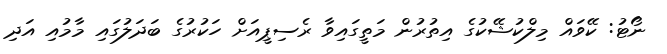
ނޯޓު: ކޭވައް މިލްކުޝޭކުގެ އިތުރުން މަތީގައިވާ ރެސިޕީއަށް ހަކުރުގެ ބަދަލުގައި މާމުއި އަދި